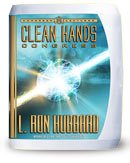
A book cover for Clean Hands Congress; Religion & Spirituality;